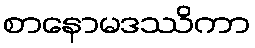
စာနောမဒဿိကာ